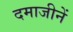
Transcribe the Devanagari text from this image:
दमाजीनें